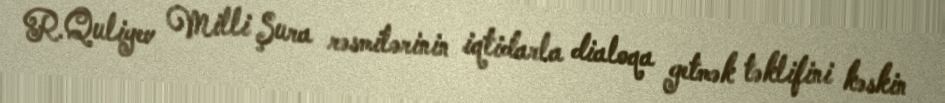
R.Quliyev Milli Şura rəsmilərinin iqtidarla dialoqa getmək təklifini kəskin